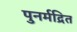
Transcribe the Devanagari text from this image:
पुनर्मद्रित